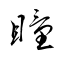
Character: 瞳